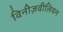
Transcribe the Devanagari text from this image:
विनीज़वीलियन